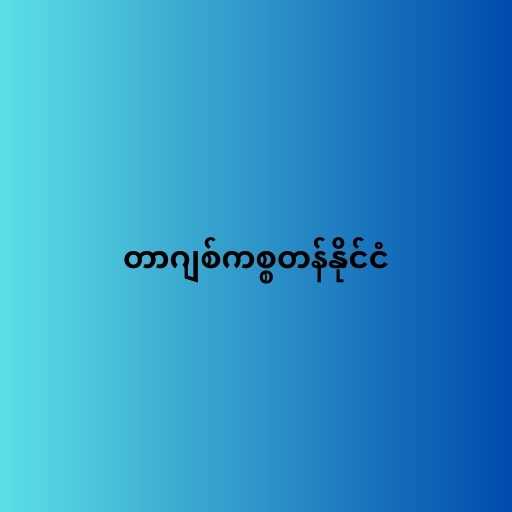
တာဂျစ်ကစ္စတန်နိုင်ငံ